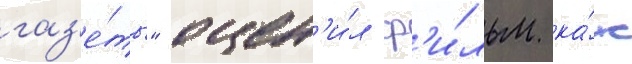
газ'е́ты" оцен'и́л ф'и́льм ка́к